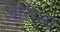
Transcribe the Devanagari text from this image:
जेसिंथा